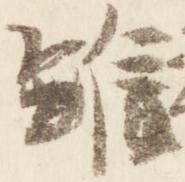
雖